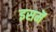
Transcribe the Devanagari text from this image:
इसमॆं